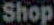
Shop